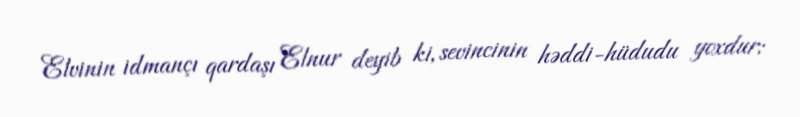
Elvinin idmançı qardaşı Elnur deyib ki, sevincinin həddi-hüdudu yoxdur: